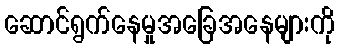
ဆောင်ရွက်နေမှုအခြေအနေများကို